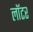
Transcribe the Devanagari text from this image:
लॉटर